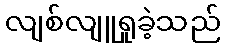
လျစ်လျူရှုခဲ့သည်